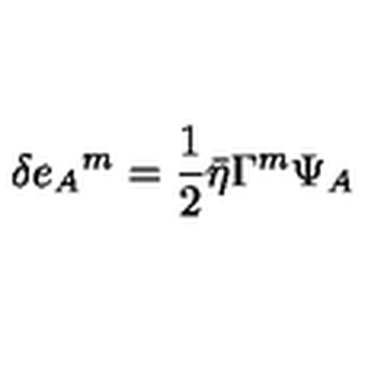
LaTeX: \delta e _ { A } { } ^ { m } = { \frac { 1 } { 2 } } \bar { \eta } \Gamma ^ { m } \Psi _ { A }